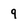
Character: 9